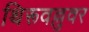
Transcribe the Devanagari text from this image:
थिरूवल्लुवर